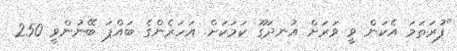
"ފުރަތަމަ އެކަން ވީ ވަރަށް އުނދަގޫ ކަމަކަށް. އަހަރެންގެ ބައްޕަ ބޭނުންވީ 250